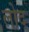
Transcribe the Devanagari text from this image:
लोद